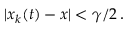
| x _ { k } ( t ) - x | < \gamma / 2 \, .